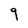
Character: 9